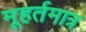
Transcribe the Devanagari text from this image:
मूहर्तमात्र